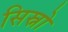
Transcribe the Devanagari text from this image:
सिस्नो